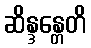
ဆိန္ဒန္တေတိ